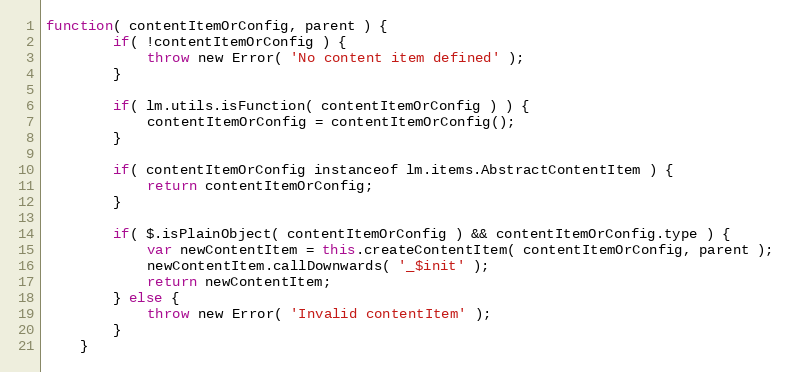
Language: JavaScript
function( contentItemOrConfig, parent ) {
		if( !contentItemOrConfig ) {
			throw new Error( 'No content item defined' );
		}

		if( lm.utils.isFunction( contentItemOrConfig ) ) {
			contentItemOrConfig = contentItemOrConfig();
		}

		if( contentItemOrConfig instanceof lm.items.AbstractContentItem ) {
			return contentItemOrConfig;
		}

		if( $.isPlainObject( contentItemOrConfig ) && contentItemOrConfig.type ) {
			var newContentItem = this.createContentItem( contentItemOrConfig, parent );
			newContentItem.callDownwards( '_$init' );
			return newContentItem;
		} else {
			throw new Error( 'Invalid contentItem' );
		}
	}